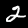
Label: 2